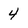
Character: 4